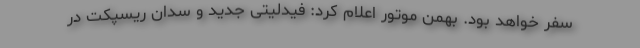
سفر خواهد بود. بهمن موتور اعلام کرد: فیدلیتی جدید و سدان ریسپکت در